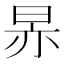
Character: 𬀳